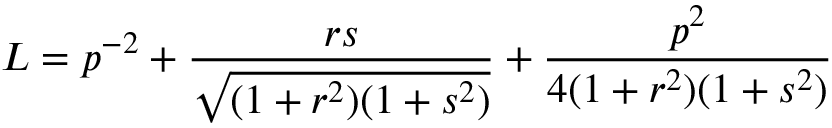
L = p ^ { - 2 } + \frac { r s } { \sqrt { ( 1 + r ^ { 2 } ) ( 1 + s ^ { 2 } ) } } + \frac { p ^ { 2 } } { 4 ( 1 + r ^ { 2 } ) ( 1 + s ^ { 2 } ) }